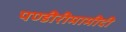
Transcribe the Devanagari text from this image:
पण्डीरीमामीदी